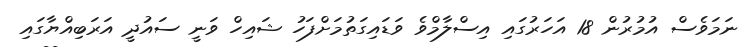
ނަމަވެސް އުމުރުން 18 އަހަރުގައި އިސްލާމްވެ ވަޑައިގަތުމަށްފަހު ޝައިހް ވަނީ ސައުދީ އަރަބިއްޔާގައި